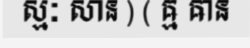
ស្មៈ សាន ) ( ឝ្ម ឝាន